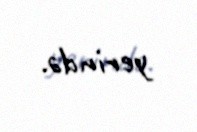
yerində.